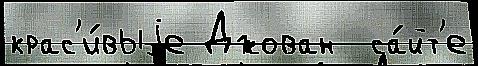
крас'и́выjе Джован  са́йт'е